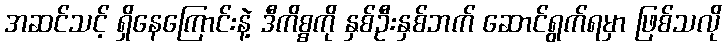
အဆင်သင့် ရှိနေကြောင်းနဲ့ ဒီကိစ္စကို နှစ်ဦးနှစ်ဘက် ဆောင်ရွက်ရမှာ ဖြစ်သလို